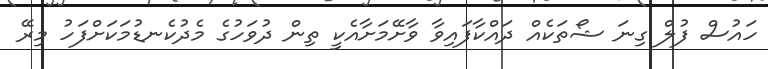
ހައުސް ފުލް ގިނަ ޝޯތަކެއް ދައްކާފައިވާ ވާށޭމަށާއެކީ ތިން ދުވަހުގެ މެދުކެނޑުމަކަށްފަހު މިރޭ